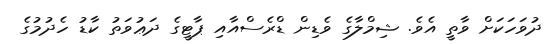
ދުވަހަކަށް ވާތީ އެވެ. ޝިމްލާގެ ވެޑިން ޑްރެސްއާއި ޕާޓީގެ ދަޢުވަތު ކާޑު ހެދުމުގެ